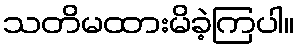
သတိမထားမိခဲ့ကြပါ။